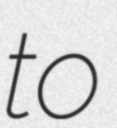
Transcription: to